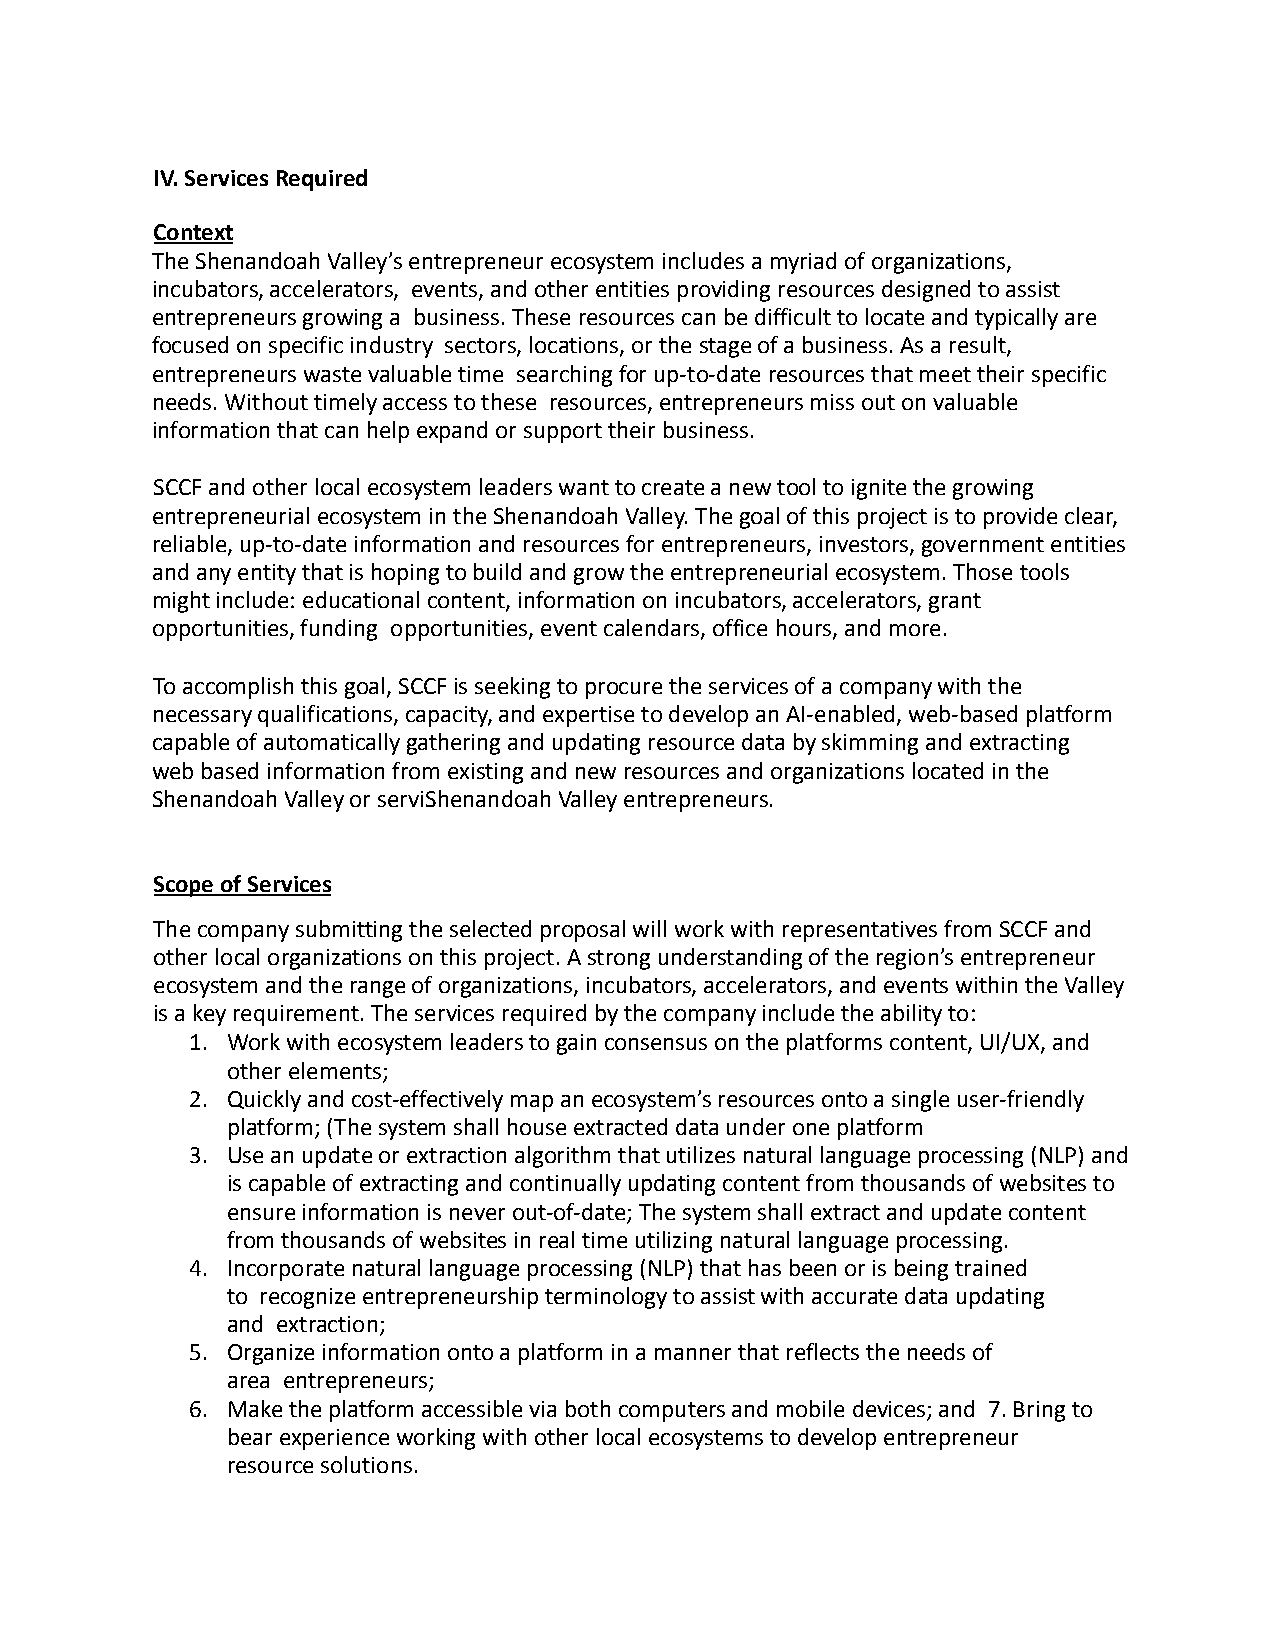
IV. Services Required
 Context
 The Shenandoah Valley’s entrepreneur ecosystem includes a myriad of organizations,
 incubators, accelerators, events, and other entities providing resources designed to assist
 entrepreneurs growing a business. These resources can be difficult to locate and typically are
 focused on specific industry sectors, locations, or the stage of a business. As a result,
 entrepreneurs waste valuable time searching for up-to-date resources that meet their specific
 needs. Without timely access to these resources, entrepreneurs miss out on valuable
 information that can help expand or support their business.
 SCCF and other local ecosystem leaders want to create a new tool to ignite the growing
 entrepreneurial ecosystem in the Shenandoah Valley. The goal of this project is to provide clear,
 reliable, up-to-date information and resources for entrepreneurs, investors, government entities
 and any entity that is hoping to build and grow the entrepreneurial ecosystem. Those tools
 might include: educational content, information on incubators, accelerators, grant
 opportunities, funding opportunities, event calendars, office hours, and more.
 To accomplish this goal, SCCF is seeking to procure the services of a company with the
 necessary qualifications, capacity, and expertise to develop an AI-enabled, web-based platform
 capable ofautomatically gathering and updating resourcedata by skimming andextracting
 web based information from existing and new resources and organizations located in the
 Shenandoah Valley or serviShenandoah Valley entrepreneurs.
 Scope of Services
 The company submitting the selected proposal will work with representatives from SCCF and
 other local organizations on this project. A strong understanding of the region’s entrepreneur
 ecosystem and the range of organizations, incubators, accelerators, and events within the Valley
 is a key requirement. The services required by the company include the ability to:
 1. Work with ecosystem leaders to gain consensus on the platforms content, UI/UX, and
 other elements;
 2. Quickly and cost-effectively map an ecosystem’s resources onto a single user-friendly
 platform; (The system shall house extracted data under one platform
 3. Use an update or extraction algorithm that utilizes natural language processing (NLP) and
 is capable of extracting and continually updating content from thousands of websites to
 ensure information is never out-of-date; The system shall extract and update content
 from thousands of websites in real time utilizing natural language processing.
 4. Incorporate natural language processing (NLP) that has been or is being trained
 to recognize entrepreneurship terminology to assist with accurate data updating
 and extraction;
 5. Organize information onto a platform in a manner that reflects the needs of
 area entrepreneurs;
 6. Make the platform accessible via both computers and mobile devices; and 7. Bring to
 bear experience working with other local ecosystems to develop entrepreneur
 resource solutions.